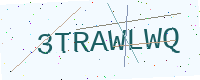
Text: 3TRAWLWQ